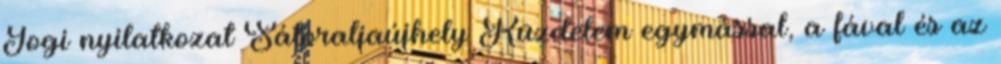
Jogi nyilatkozat Sátoraljaújhely Küzdelem egymással, a fával és az